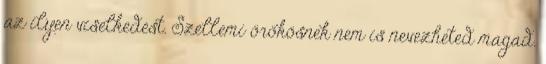
az ilyen viselkedést. Szellemi örökösnek nem is nevezheted magad.